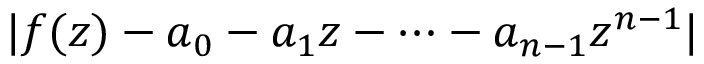
| f ( z ) - a _ { 0 } - a _ { 1 } z - \cdots - a _ { n - 1 } z ^ { n - 1 } |